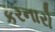
કરનારો